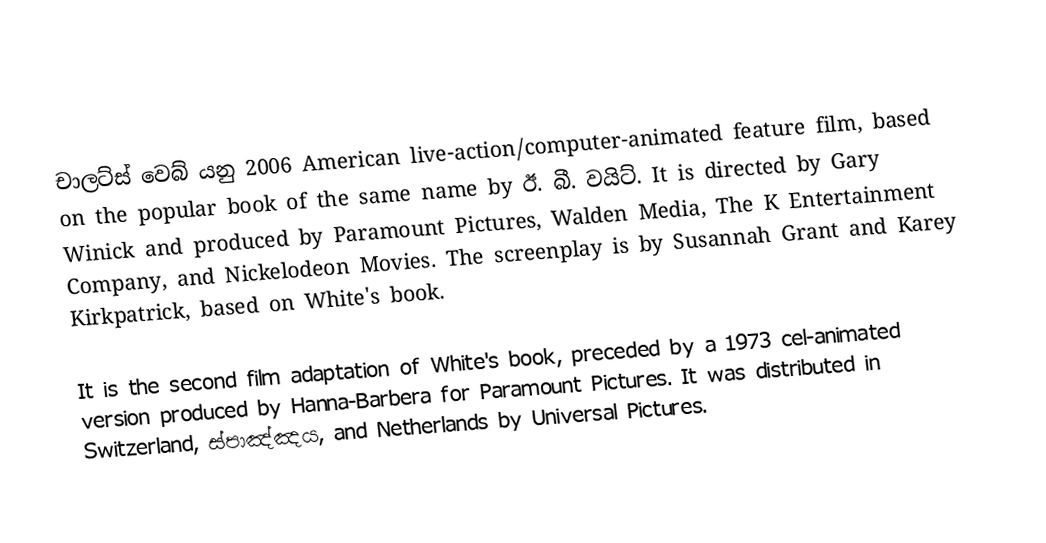
චාලට්ස් වෙබ් යනු 2006 American live-action/computer-animated feature film, based on the popular book of the same name by ඊ. බී. වයිට්. It is directed by Gary Winick and produced by Paramount Pictures, Walden Media, The K Entertainment Company, and Nickelodeon Movies. The screenplay is by Susannah Grant and Karey Kirkpatrick, based on White's book.

It is the second film adaptation of White's book, preceded by a 1973 cel-animated version produced by Hanna-Barbera for Paramount Pictures. It was distributed in Switzerland, ස්පාඤ්ඤය, and Netherlands by Universal Pictures.